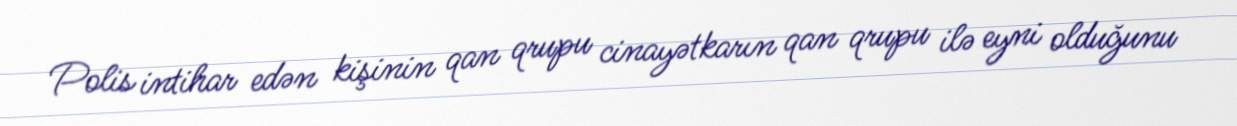
Polis intihar edən kişinin qan qrupu cinayətkarın qan qrupu ilə eyni olduğunu